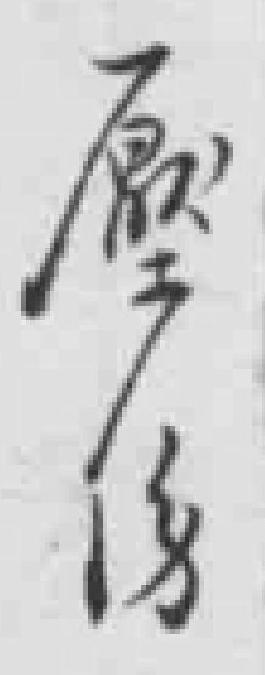
*伤